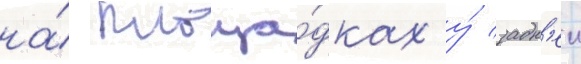
на́ площа́дках у́ задн'еи